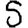
Digit: 5